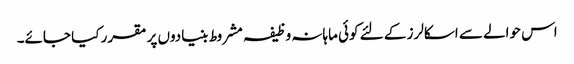
اس حوالے سے اسکالرز کے لئے کوئی ماہانہ وظیفہ مشروط بنیادوں پر مقرر کیا جائے۔